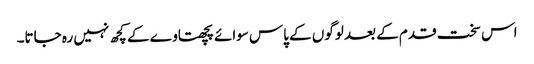
اس سخت قدم کے بعد لوگوں کے پاس سوائے پچھتاوے کے کچھ نہیں رہ جاتا۔